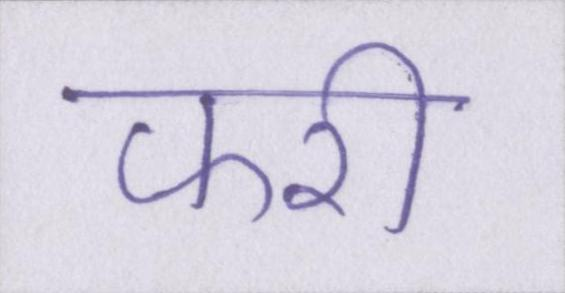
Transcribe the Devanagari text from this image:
फरी